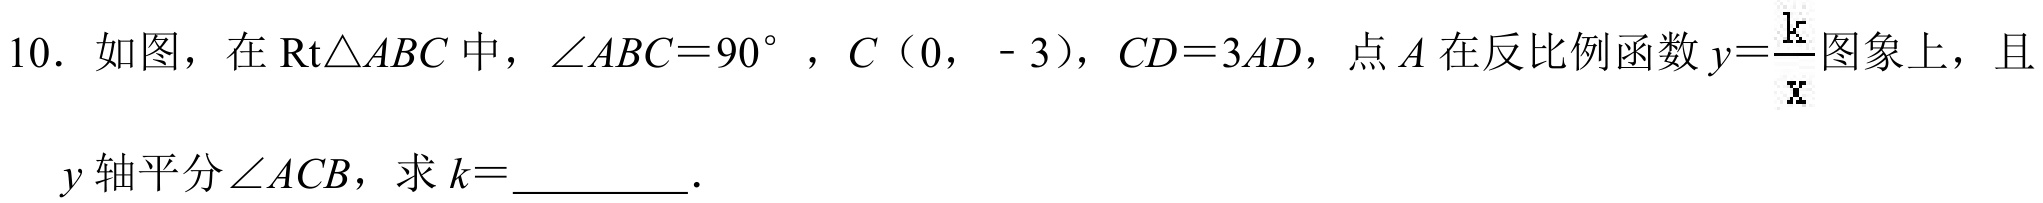
10. 如图，在$\text{Rt}\triangle ABC$中，$\angle ABC = 90^{\circ}$，$C(0,\ - 3)$，$CD = 3AD$，点$A$在反比例函数$y=\frac{k}{x}$图象上，且$y$轴平分$\angle ACB$，求$k = \_\_\_\_\_$.